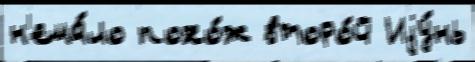
н'ема́ло похо́ж второ́й Иjу́нь